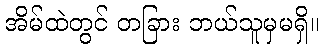
အိမ်ထဲတွင် တခြား ဘယ်သူမှမရှိ။